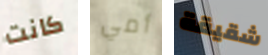
كانت أمي شقيقة